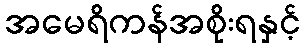
အမေရိကန်အစိုးရနှင့်